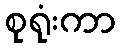
စုရုံးကာ